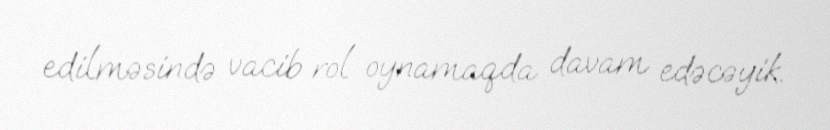
edilməsində vacib rol oynamaqda davam edəcəyik.